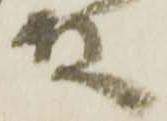
殿